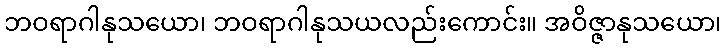
ဘဝရာဂါနုသယော၊ ဘဝရာဂါနုသယလည်းကောင်း။ အဝိဇ္ဇာနုသယော၊